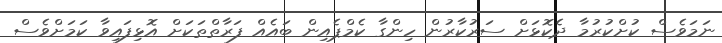
ނަމަވެސް ކުށްކުރުމާ ދެކޮޅަށް ސަރުކާރުން ހިންގާ ކެމްޕެއިން ބައެއް ފަރާތްތަކަށް އޮޅިފައިވާ ކަމަށްވެސް